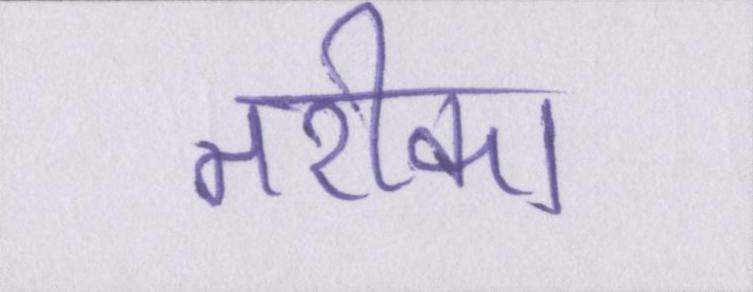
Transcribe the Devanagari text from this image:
तरीका